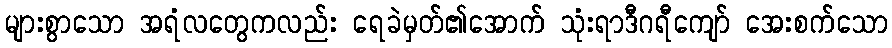
များစွာသော အရံလတွေကလည်း ရေခဲမှတ်၏အောက် သုံးရာဒီဂရီကျော် အေးစက်သော